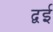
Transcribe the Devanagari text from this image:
द्वई